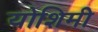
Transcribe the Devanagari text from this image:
योशिमी